Calcutta medical institutions reports 1879-81 [i.e.91]
Year: 1879
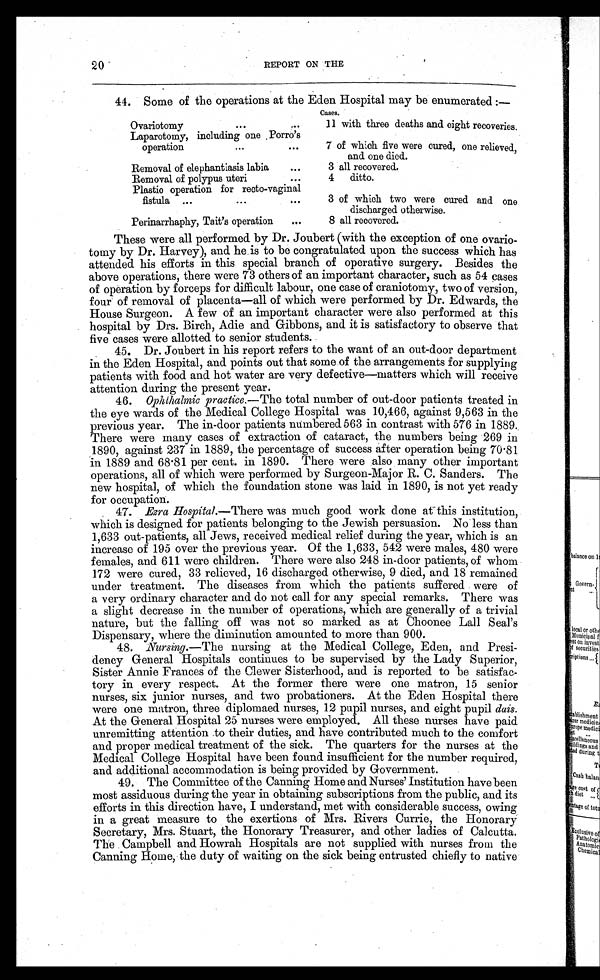
20
REPORT ON THE
44. Some of the operations at the Eden Hospital may be enumerated:—
Cases.
Ovariotomy
. . .
. . .
11 with three deaths and eight recoveries.
Laparotomy, including one Porro's
operation
. . .
. . .
7 of which five were cured, one relieved,
and one died.
Removal of elephantiasis labia
. . .
3 all recovered.
Removal of polypus uteri
. . .
4 ditto.
Plastic operation for recto-vaginal
fistula . . .
. . . ...
3 of which two were cured and one
discharged otherwise.
Perinarrhaphy, Tait's operation
. . .
8 all recovered.
These were all performed by Dr. Joubert (with the exception of one ovario-
tomy by Dr. Harvey), and he is to be congratulated upon the success which has
attended his efforts in this special branch of operative surgery. Besides the
above operations, there were 73 others of an important character, such as 54 cases
of operation by forceps for difficult labour, one case of craniotomy, two of version,
four of removal of placenta—all of which were performed by Dr. Edwards, the
House Surgeon. A few of an important character were also performed at this
hospital by Drs. Birch, Adie and Gibbons, and it is satisfactory to observe that
five cases were allotted to senior students.
45. Dr. Joubert in his report refers to the want of an out-door department
in the Eden Hospital, and points out that some of the arrangements for supplying
patients with food and hot water are very defective—matters which will receive
attention during the present year.
46. Ophthalmic practice. —The total number of out-door patients treated in
the eye wards of the Medical College Hospital was 10,466, against 9,563 in the
previous year. The in-door patients numbered 563 in contrast with 576 in 1889.
There were many cases of extraction of cataract, the numbers being 269 in
1890, against 237 in 1889, the percentage of success after operation being 70.81
in 1889 and 68.81 per cent. in 1890. There were also many other important
operations, all of which were performed by Surgeon-Major R. C. Sanders. The
new hospital, of which the foundation stone was laid in 1890, is not yet ready
for occupation.
47. Ezra Hospital.—There was much good work done at this institution,
which is designed for patients belonging to the Jewish persuasion. No less than
1,633 out-patients, all Jews, received medical relief during the year, which is an
increase of 195 over the previous year. Of the 1,633, 542 were males, 480 were
females, and 611 were children. There were also 248 in-door patients, of whom
172 were cured, 33 relieved, 16 discharged otherwise, 9 died, and 18 remained
under treatment. The diseases from which the patients suffered were of
a very ordinary character and do not call for any special remarks. There was
a slight decrease in the number of operations, which are generally of a trivial
nature, but the falling off was not so marked as at Choonee Lall Seal's
Dispensary, where the diminution amounted to more than 900.
48. Nursing.—The nursing at the Medical College, Eden, and Presi-
dency General Hospitals continues to be supervised by the Lady Superior,
Sister Annie Frances of the Clewer Sisterhood, and is reported to be satisfac-
tory in every respect. At the former there were one matron, 15 senior
nurses, six junior nurses, and two probationers. At the Eden Hospital there
were one matron, three diplomaed nurses, 12 pupil nurses, and eight pupil dais.
At the General Hospital 25 nurses were employed. All these nurses have paid
unremitting attention to their duties, and have contributed much to the comfort
and proper medical treatment of the sick. The quarters for the nurses at the
Medical College Hospital have been found insufficient for the number required,
and additional accommodation is being provided by Government.
49. The Committee of the Canning Home and Nurses' Institution have been
most assiduous during the year in obtaining subscriptions from the public, and its
efforts in this direction have, I understand, met with considerable success, owing
in a great measure to the exertions of Mrs. Rivers Currie, the Honorary
Secretary, Mrs. Stuart, the Honorary Treasurer, and other ladies of Calcutta.
The Campbell and Howrah Hospitals are not supplied with nurses from the
Canning Home, the duty of waiting on the sick being entrusted chiefly to native